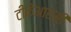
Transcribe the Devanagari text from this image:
टीकेआरसी